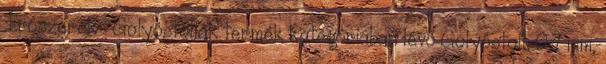
Írószerek Golyóstollak termék kategóriában lévő Golyóstoll, 0,7 mm,